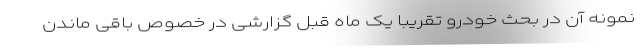
نمونه آن در بحث خودرو تقریبا یک ماه قبل گزارشی در خصوص باقی ماندن